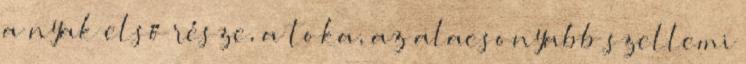
a nyak első része, a toka, az alacsonyabb szellemi